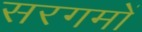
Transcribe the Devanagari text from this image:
सरगमों